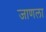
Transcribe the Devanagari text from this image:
जाणला